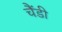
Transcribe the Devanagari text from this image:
चैंडी